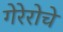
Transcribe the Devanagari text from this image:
गेरेरोचे